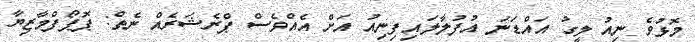
މޮޅުވެ ނިއު ލީގު އައްޑަނަ އުފުލާލައިފިނިއު އަށް އެއްވެސް ޕްރެޝަރެއް ނެތް: ޕޮޕޯފްމާޒިޔާ